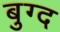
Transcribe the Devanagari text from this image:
बुग्द